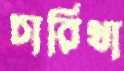
চারিথা